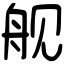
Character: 舰